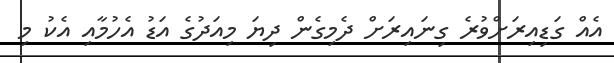
އެއް ގަޑިއިރަށްވުރެ ގިނައިރަށް ދެމިގެން ދިޔަ މިއަދުގެ އަޑު އެހުމާއި އެކު މި